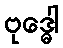
ဗုဒ္ဓေါ